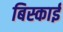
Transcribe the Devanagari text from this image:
बिस्काई